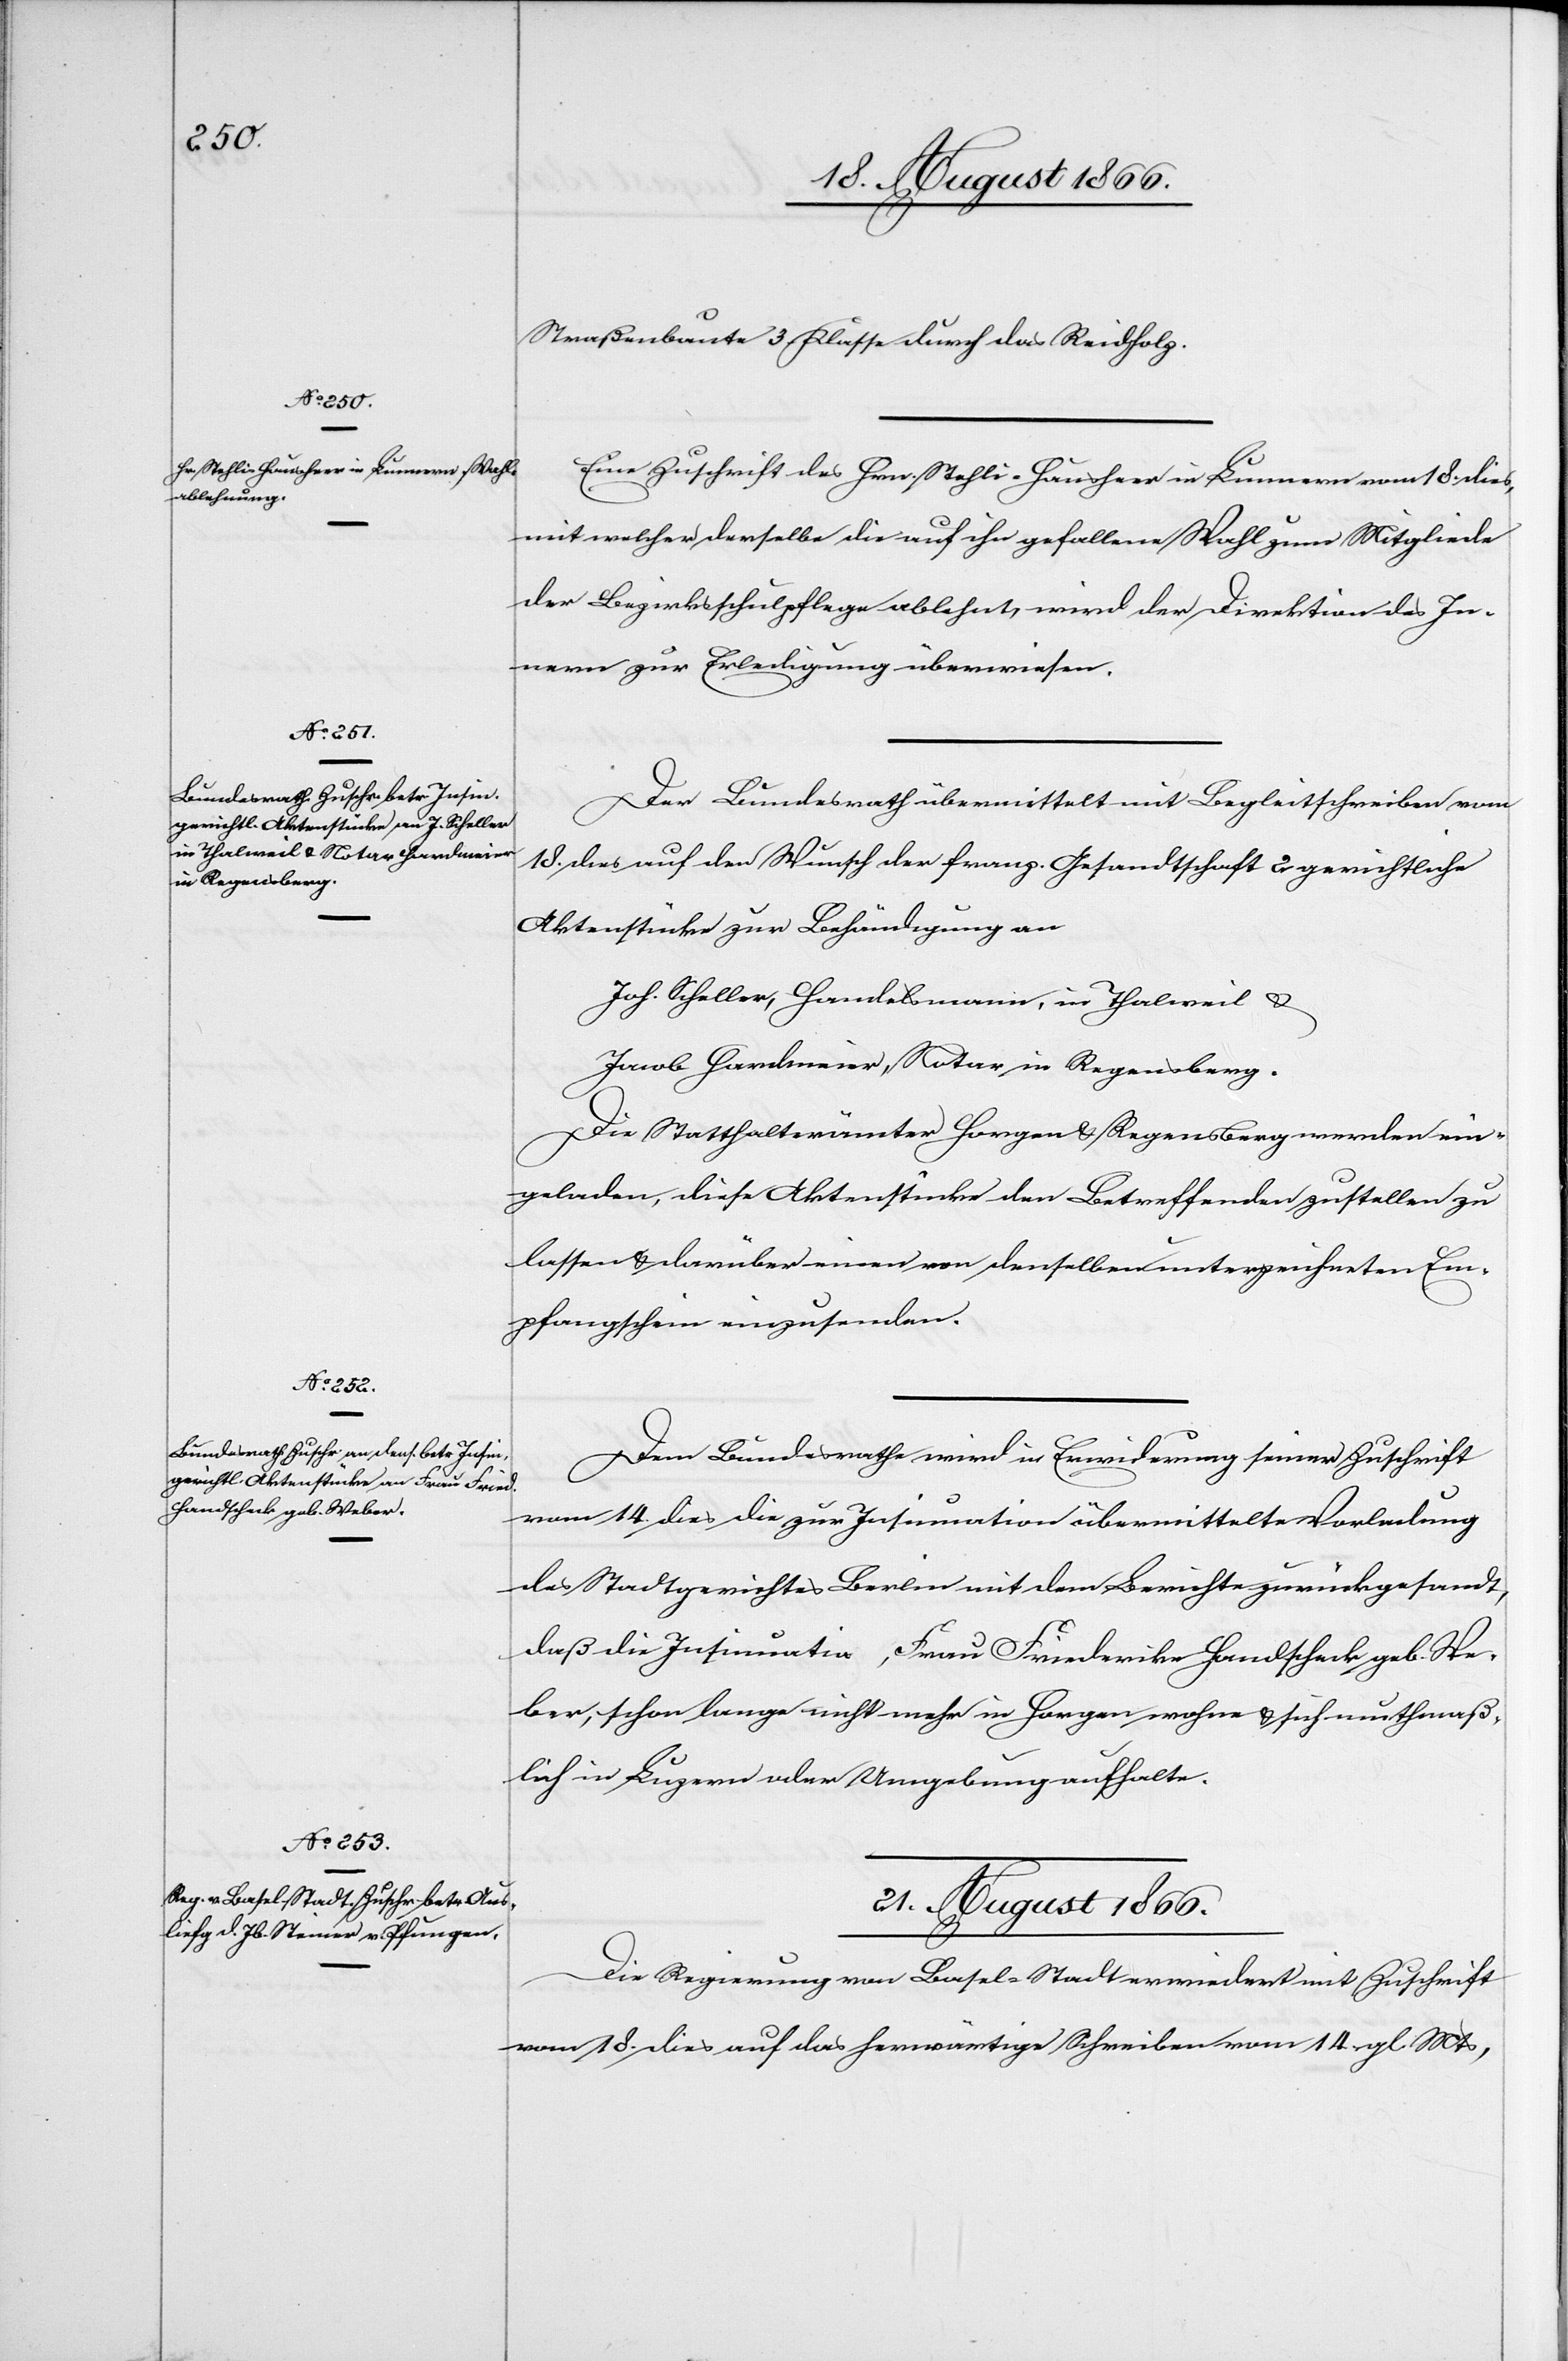
Straßenbaute 3. Klasse durch das Reidholz.
Eine Zuschrift des Hrn. Stehli-Hausherr in Lunnern vom 18. dies
mit welcher derselbe die auf ihn gefallene Wahl zum Mitgliede
der Bezirksschulpflege ablehnt, wird der Direktion des In¬
nern zur Erledigung überwiesen.
Der Bundesrath übermittelt mit Begleitschreiben vom
18. dies auf den Wunsch der franz. Gesandtschaft 2 gerichtliche
Aktenstücke zur Behändigung an
Joh. Scheller, Handelsmann, in Thalweil u.
Jacob Hardmeier, Notar in Regensberg.
Die Statthalterämter Horgen u. Regensberg werden ein¬
geladen, diese Aktenstücke den Betreffenden zustellen zu
lassen u. darüber einen von denselben unterzeichneten Em¬
pfangschein einzusenden.
Dem Bundesrathe wird in Erwiderung seiner Zuschrift
vom 14. dies die zur Insinuation übermittelte Vorladung
des Stadtgerichtes Berlin mit dem Berichte zurückgesandt,
daß die Insinuatin, Frau Friederika Handschenk geb. We¬
ber, schon lange nicht mehr in Horgen wohne u. sich muthmaß¬
lich in Luzern oder Umgebung aufhalte.
21. August 1866.
Die Regierung von Basel-Stadt erwiedert mit Zuschrift
vom 18. dies auf das herwärtige Schreiben vom 14. gl. Mts,